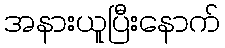
အနားယူပြီးနောက်